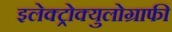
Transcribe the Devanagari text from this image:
इलेक्ट्रोक्युलोग्राफी